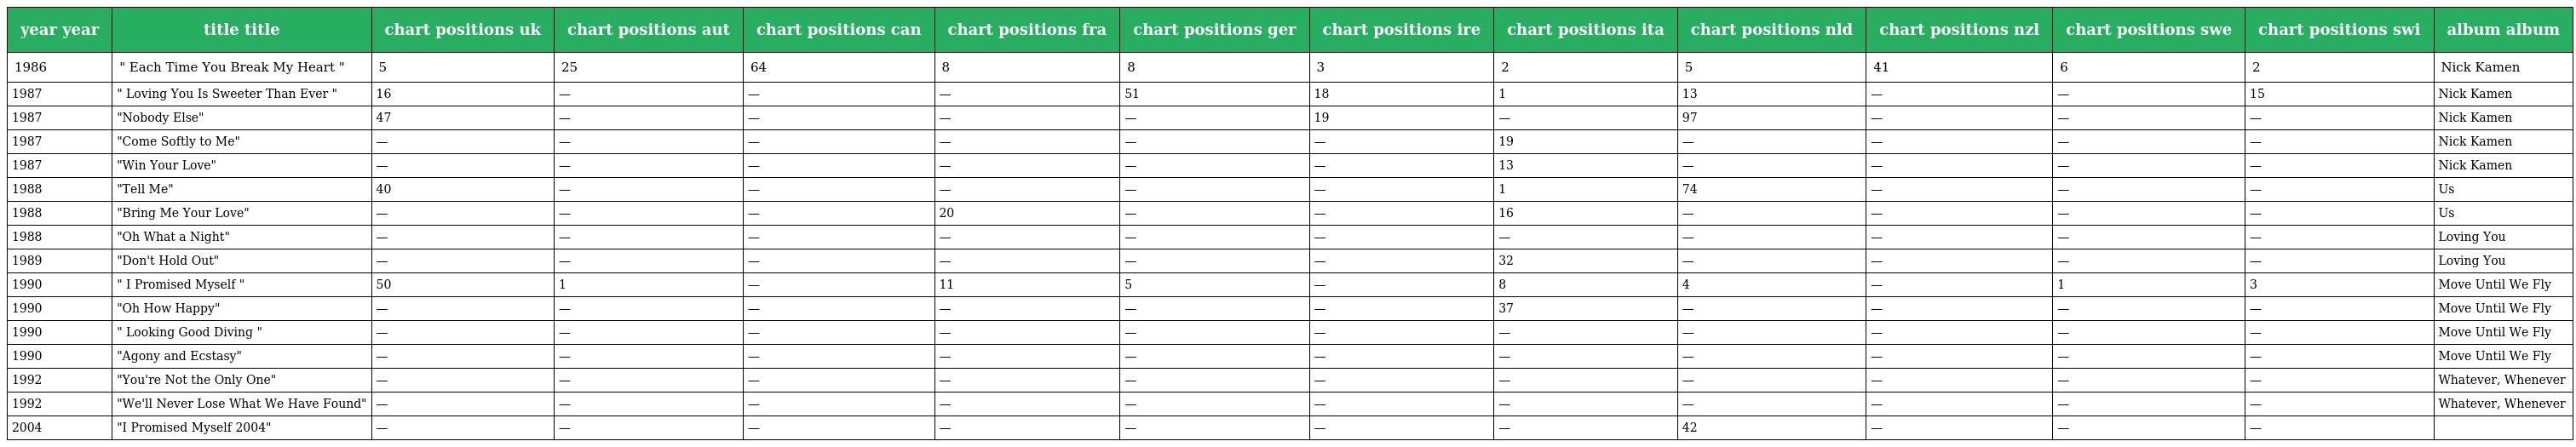
| year year | title title | chart positions uk | chart positions aut | chart positions can | chart positions fra | chart positions ger | chart positions ire | chart positions ita | chart positions nld | chart positions nzl | chart positions swe | chart positions swi | album album |
 | --- | --- | --- | --- | --- | --- | --- | --- | --- | --- | --- | --- | --- | --- |
 | 1986 | " Each Time You Break My Heart " | 5 | 25 | 64 | 8 | 8 | 3 | 2 | 5 | 41 | 6 | 2 | Nick Kamen |
 | 1987 | " Loving You Is Sweeter Than Ever " | 16 | — | — | — | 51 | 18 | 1 | 13 | — | — | 15 | Nick Kamen |
 | 1987 | "Nobody Else" | 47 | — | — | — | — | 19 | — | 97 | — | — | — | Nick Kamen |
 | 1987 | "Come Softly to Me" | — | — | — | — | — | — | 19 | — | — | — | — | Nick Kamen |
 | 1987 | "Win Your Love" | — | — | — | — | — | — | 13 | — | — | — | — | Nick Kamen |
 | 1988 | "Tell Me" | 40 | — | — | — | — | — | 1 | 74 | — | — | — | Us |
 | 1988 | "Bring Me Your Love" | — | — | — | 20 | — | — | 16 | — | — | — | — | Us |
 | 1988 | "Oh What a Night" | — | — | — | — | — | — | — | — | — | — | — | Loving You |
 | 1989 | "Don't Hold Out" | — | — | — | — | — | — | 32 | — | — | — | — | Loving You |
 | 1990 | " I Promised Myself " | 50 | 1 | — | 11 | 5 | — | 8 | 4 | — | 1 | 3 | Move Until We Fly |
 | 1990 | "Oh How Happy" | — | — | — | — | — | — | 37 | — | — | — | — | Move Until We Fly |
 | 1990 | " Looking Good Diving " | — | — | — | — | — | — | — | — | — | — | — | Move Until We Fly |
 | 1990 | "Agony and Ecstasy" | — | — | — | — | — | — | — | — | — | — | — | Move Until We Fly |
 | 1992 | "You're Not the Only One" | — | — | — | — | — | — | — | — | — | — | — | Whatever, Whenever |
 | 1992 | "We'll Never Lose What We Have Found" | — | — | — | — | — | — | — | — | — | — | — | Whatever, Whenever |
 | 2004 | "I Promised Myself 2004" | — | — | — | — | — | — | — | 42 | — | — | — |  |